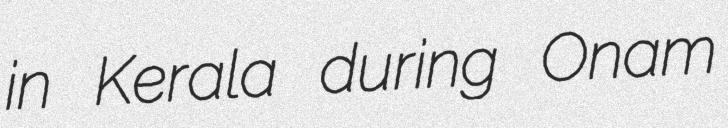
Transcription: in Kerala during Onam